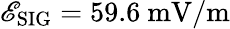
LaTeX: \mathscr{E}_{\mathrm{{SIG}}}=59.6~\mathrm{{mV/m}}